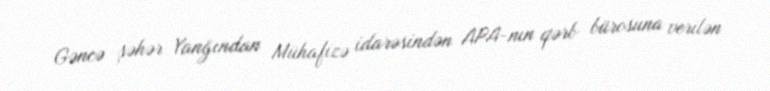
Gəncə şəhər Yanğından Mühafizə idarəsindən APA-nın qərb bürosuna verilən